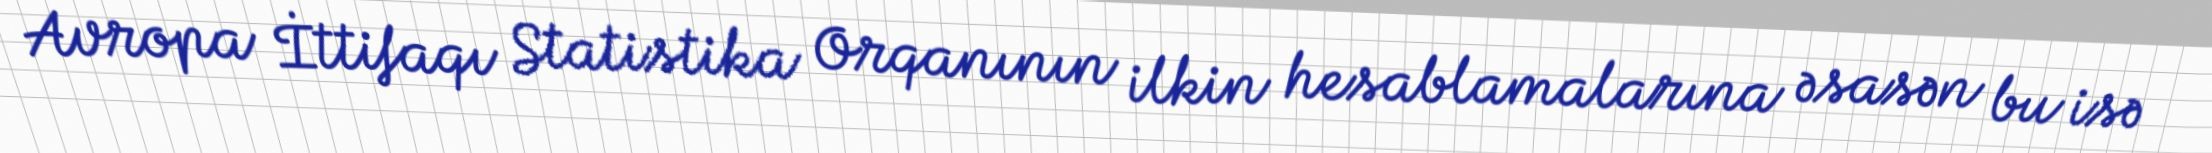
Avropa İttifaqı Statistika Orqanının ilkin hesablamalarına əsasən bu isə